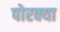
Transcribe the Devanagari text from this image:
पोरक्या